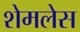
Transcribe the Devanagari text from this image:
शेमलेस